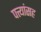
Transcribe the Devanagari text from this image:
पत्त्यांसह